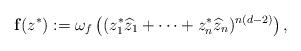
LaTeX: \begin{align*}{\mathbf f}(z^*):=\omega_f\left((z_1^*\widehat{z}_1+\dots+z_n^*\widehat{z}_n)^{n(d-2)}\right),\end{align*}